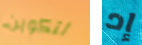
لتكوين إد